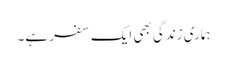
ہماری زندگی بھی ایک سفر ہے۔